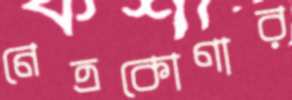
নেত্রকোণার